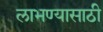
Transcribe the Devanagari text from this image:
लाभण्यासाठी